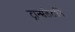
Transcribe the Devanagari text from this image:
ट्रान्सलेटर्सने